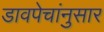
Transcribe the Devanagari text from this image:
डावपेचांनुसार